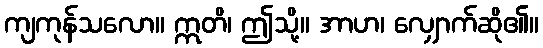
ကျကုန်သလော။ ဣတိ၊ ဤသို့။ အာဟ၊ လျှောက်ဆို၏။